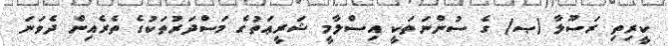
ކީރިތި ރަސޫލާ (ޞ) ގެ ސުންނަތަކީ އިސްލާމީ ޝަރީޢަތުގެ މަސްދަރުތަކުގެ ތެރެއިން ދެވަނަ